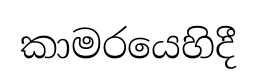
කාමරයෙහිදී